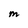
Character: M